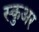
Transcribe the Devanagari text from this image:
स्कुअर